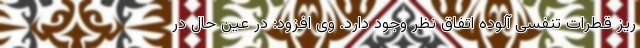
ریز قطرات تنفسی آلوده اتفاق نظر وجود دارد. وی افزود: در عین حال در